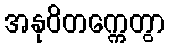
အနုဝိတက္ကေတွာ